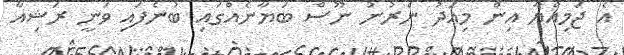
އެ ޖަމިއްޔާ އިން މިއަދު ނެރުނު ނޫސް ބަޔާނެއްގައި ބުނެފައި ވަނީ ރަޝިއާ